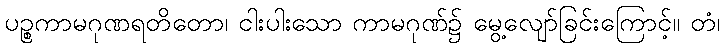
ပဉ္စကာမဂုဏရတိတော၊ ငါးပါးသော ကာမဂုဏ်၌ မွေ့လျော်ခြင်းကြောင့်။ တံ၊